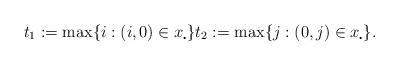
LaTeX: \begin{align*}t_1 := \max\{i:(i,0)\in x_\centerdot\} t_2:= \max\{j:(0,j)\in x_\centerdot\}.\end{align*}